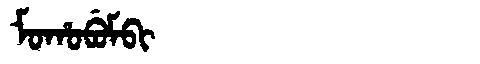
Manchu: ᠮᠣᡥᠣᠪᡠᠮᠪᡳ
Romanization: MOHOBUMBI